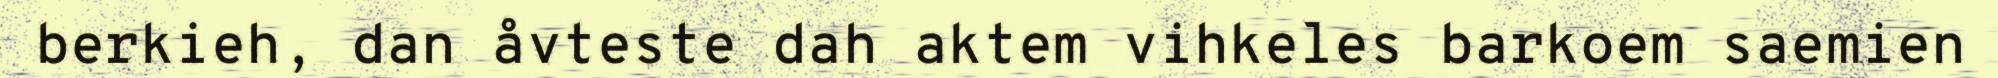
berkieh, dan åvteste dah aktem vihkeles barkoem saemien